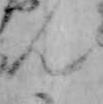
ん